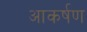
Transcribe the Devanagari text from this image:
आकर्षण्‍ा